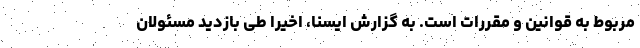
مربوط به قوانین و مقررات است. به گزارش ایسنا، اخیرا طی بازدید مسئولان